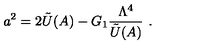
a ^ { 2 } = 2 \tilde { U } ( A ) - G _ { 1 } { \frac { \Lambda ^ { 4 } } { \tilde { U } ( A ) } } \ .